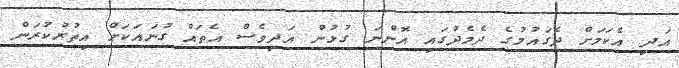
އަދި އެކަމަށް ދެގައުމުގެ ދެމެދުގައި އޮންނަ ގުޅުން އަދިވެސް އެތައް ގުނައަކަށް އިތުރުކުރަން